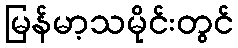
မြန်မာ့သမိုင်းတွင်